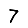
Digit: 7